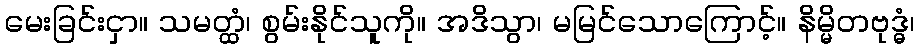
မေးခြင်းငှာ။ သမတ္ထံ၊ စွမ်းနိုင်သူကို။ အဒိသွာ၊ မမြင်သောကြောင့်။ နိမ္မိတဗုဒ္ဓံ၊